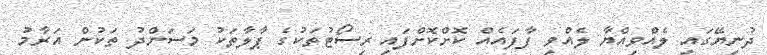
ދުނިޔޭގައި ލެއްވިއްޔާ ލެއްވި ފާފައެއް ކޮށްކޮށްފައި ރިސޯޓުތަކުގެ ޕާލާތަކު މަސަންދު ތަކުން އަރާމު